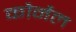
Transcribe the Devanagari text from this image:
कौर्नेल